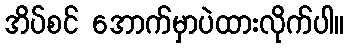
အိပ်စင် အောက်မှာပဲထားလိုက်ပါ။